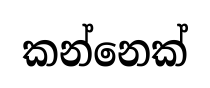
කන්නෙක්